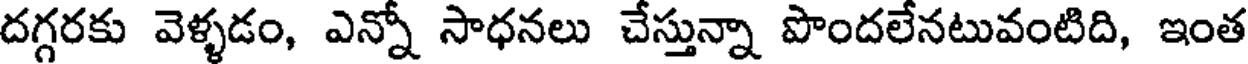
దగ్గరకు వెళ్ళడం, ఎన్నో సాధనలు చేస్తున్నా పొందలేనటువంటిది, ఇంత